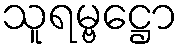
သူရမ္ဗဋ္ဌော